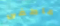
عاطفى